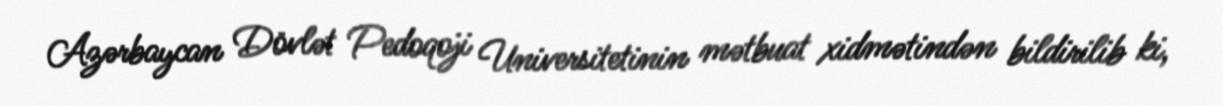
Azərbaycan Dövlət Pedoqoji Universitetinin mətbuat xidmətindən bildirilib ki,